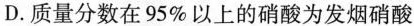
D.质量分数在95\%以上的硝酸为发烟硝酸